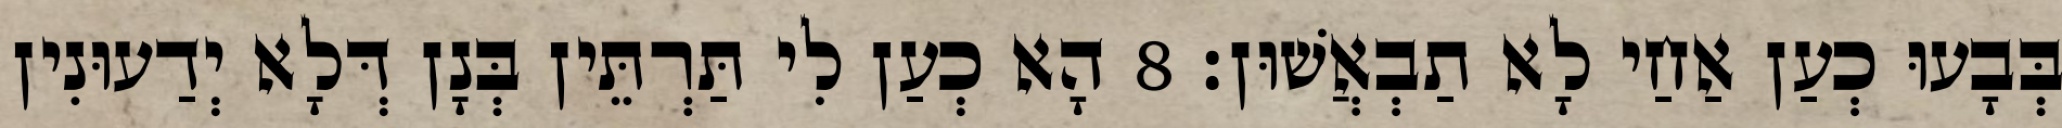
בְּבָעוּ כְעַן אַחַי לָא תַבְאֲשׁוּן׃ 8 הָא כְעַן לִי תַּרְתֵּין בְּנָן דְּלָא יְדַעוּנִין